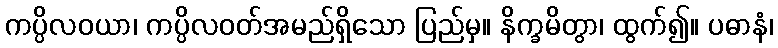
ကပ္ပိလဝယာ၊ ကပ္ပိလဝတ်အမည်ရှိသော ပြည်မှ။ နိက္ခမိတွာ၊ ထွက်၍။ ပဓာနံ၊